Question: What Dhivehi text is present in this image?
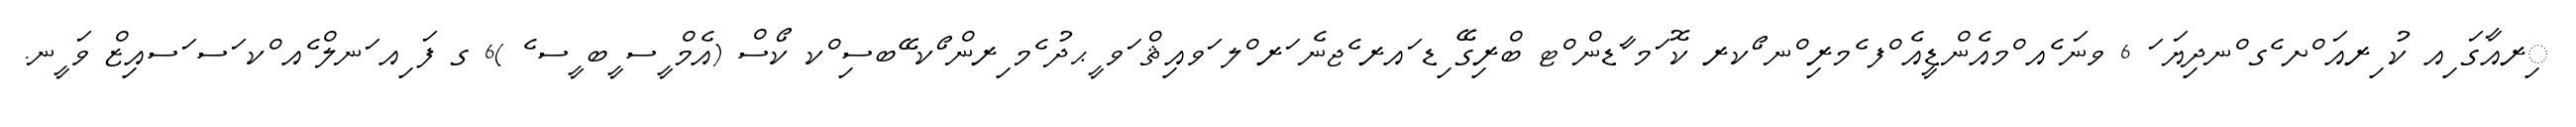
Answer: ިރއާގަ ިއ ކު ިރއަ ްށ ެގ ްނދިޔަ ަ 6 ވނަ ެއ ްމއެންޑީއެ ްފ ެމރި ްނ ޯކރ ކޮ ަމ ާޑން ްޓ ބްރިގޭ ިޑ ައރ ެޖނެ ަރ ްލ ަވއިޘް ަވ ީޙދު ެމ ިރން ޯކ ޭބސި ްކ ކޯސް (އެމް ީސ ީބ ީސ ެ )6 ގ ފަ ިއ ަނލް ެއ ްކ ަސ ަސއިޒް ވަ ީނ.